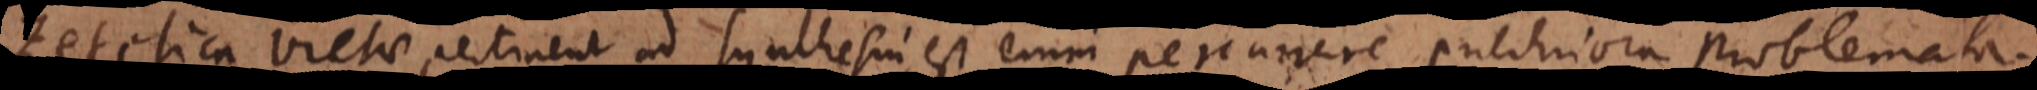
etetica Vietae pertinent ad Synthesin, est enim percurrere pulchriora problemata.